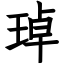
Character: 琸